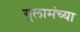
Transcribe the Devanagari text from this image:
गुलामंच्या